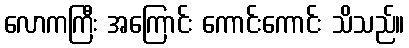
လောကကြီး အကြောင်း ကောင်းကောင်း သိသည်။